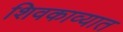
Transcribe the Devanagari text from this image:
शिवकाव्यात